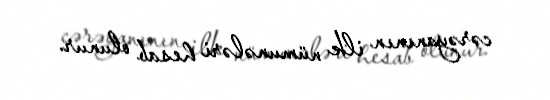
cərəyanının ilk nümunələri hesab olunur.